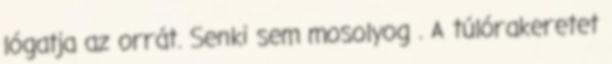
lógatja az orrát. Senki sem mosolyog . A túlórakeretet